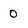
Character: O